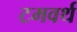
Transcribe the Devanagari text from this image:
टमवर्थ